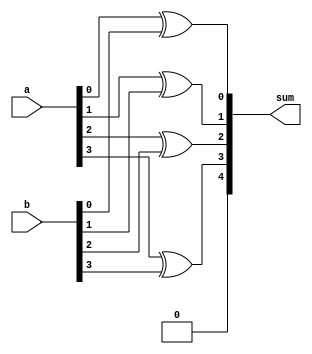
module carry_bypass_adder(
    input [3:0] a,
    input [3:0] b,
    output reg [4:0] sum
);

reg [4:0] c;
reg [4:0] p;
reg [4:0] g;

initial begin
    c = 0;
    p = 0;
    g = 0;
end

generate
    genvar i;
    for(i=0; i<5; i=i+1) begin
        assign p[i] = a[i] ^ b[i];
        assign g[i] = a[i] & b[i];
    end

    assign sum[0] = a[0] ^ b[0] ^ c[0];
    assign c[1] = (a[0] & b[0]) | ((a[0] ^ b[0]) & c[0]);
    assign sum[1] = a[1] ^ b[1] ^ c[1];
    assign c[2] = (a[1] & b[1]) | ((a[1] ^ b[1]) & c[1]);
    assign sum[2] = a[2] ^ b[2] ^ c[2];
    assign c[3] = (a[2] & b[2]) | ((a[2] ^ b[2]) & c[2]);
    assign sum[3] = a[3] ^ b[3] ^ c[3];
    assign c[4] = (a[3] & b[3]) | ((a[3] ^ b[3]) & c[3]);
    assign sum[4] = c[4];

endgenerate

endmodule